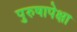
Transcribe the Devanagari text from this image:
पुरुषापेक्षा